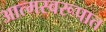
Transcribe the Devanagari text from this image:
आत्मस्वरूपात